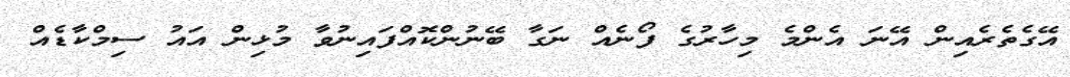
އޭގެތެރެއިން އޭނަ އެންމެ މިހާރުގެ ފޯނެއް ނަގާ ބޭނުންކޮއްފައިނުވާ މުޅިން އައު ސިމްކާޑެއް